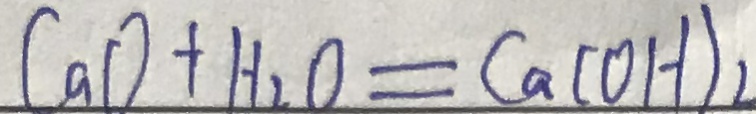
C a O + H _ { 2 } O = C a ( O H ) _ { 2 }